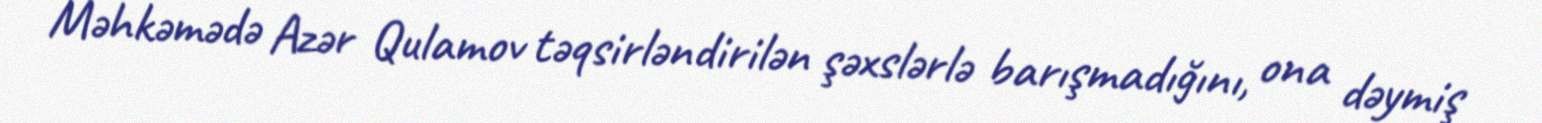
Məhkəmədə Azər Qulamov təqsirləndirilən şəxslərlə barışmadığını, ona dəymiş